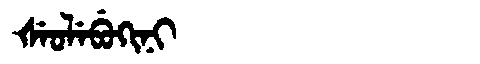
Manchu: ᡧᡝᠣᠯᡝᠪᡠᡴᡳᠨᡳ
Romanization: ŠEOLEBUKINI